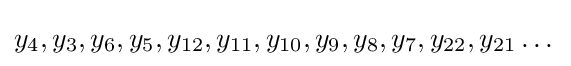
y_{4},y_{3},y_{6},y_{5},y_{12},y_{11},y_{10},y_{9},y_{8},y_{7},y_{22},y_{21}\dots